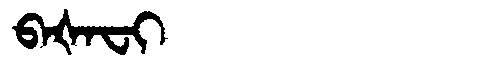
Manchu: ᠪᠠᡧᠠᠸᡳ
Romanization: BAŠAFI